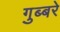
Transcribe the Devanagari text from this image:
गुब्बरे